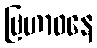
ဗြဟာဝနေ